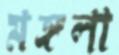
মঙ্গলা